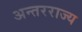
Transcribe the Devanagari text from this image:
अन्तरराज्य